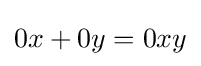
0x+0y=0xy